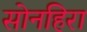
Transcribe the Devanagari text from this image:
सोनहिरा